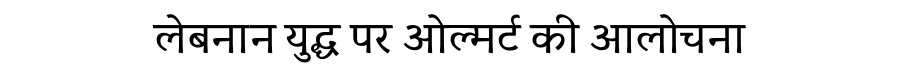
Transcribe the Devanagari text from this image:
लेबनान युद्ध पर ओल्मर्ट की आलोचना